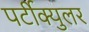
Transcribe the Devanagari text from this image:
पर्टीक्युलर